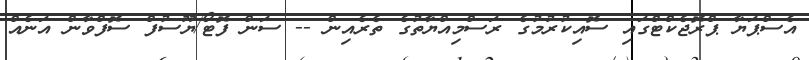
އެސްޕަޔާ ޕްރޮޖެކްޓްގައި ސޮއިކުރުމުގެ ރަސްމިއްޔާތުގެ ތެރެއިން -- ސަން ފޮޓޯ/ޔޫސުފް ސޮފްވާން އަނެއް